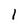
Character: l